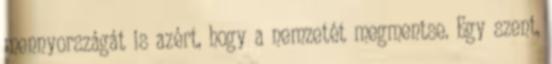
mennyországát is azért, hogy a nemzetét megmentse. Egy szent,